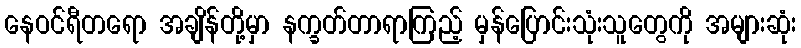
နေဝင်ရီတရော အချိန်တို့မှာ နက္ခတ်တာရာကြည့် မှန်ပြောင်းသုံးသူတွေကို အများဆုံး